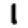
Digit: 1